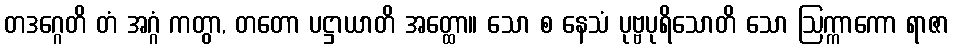
တဒဂ္ဂေတိ တံ အဂ္ဂံ ကတွာ, တတော ပဋ္ဌာယာတိ အတ္ထော။ သော စ နေသံ ပုဗ္ဗပုရိသောတိ သော ဩက္ကာကော ရာဇာ